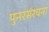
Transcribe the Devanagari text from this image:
पुनरसंरचना